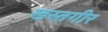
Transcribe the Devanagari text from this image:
खस्तगीर